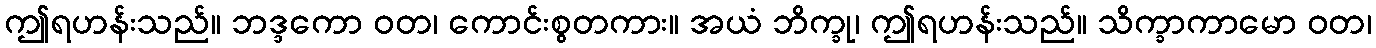
ဤရဟန်းသည်။ ဘဒ္ဒကော ဝတ၊ ကောင်းစွတကား။ အယံ ဘိက္ခု၊ ဤရဟန်းသည်။ သိက္ခာကာမော ဝတ၊